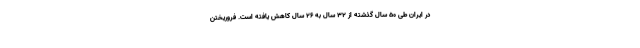
در ایران طی ۵۰ سال گذشته از ۳۲ سال به ۲۶ سال کاهش یافته است. فروریختن